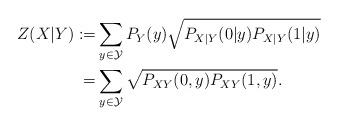
LaTeX: \begin{align*}Z(X|Y):=&\sum_{y\in \mathcal{Y}}P_Y(y)\sqrt{P_{X|Y}(0|y)P_{X|Y}(1|y)}\\=&\sum_{y\in \mathcal{Y}}\sqrt{P_{XY}(0,y)P_{XY}(1,y)}.\end{align*}